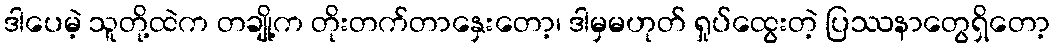
ဒါပေမဲ့ သူတို့ထဲက တချို့က တိုးတက်တာနှေးတော့၊ ဒါမှမဟုတ် ရှုပ်ထွေးတဲ့ ပြဿနာတွေရှိတော့